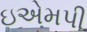
ઇએમપી